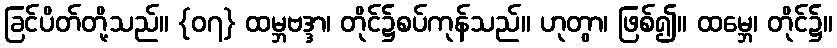
ခြင်ပိတ်တို့သည်။ {၀၇} ထမ္ဘဗဒ္ဒာ၊ တိုင်၌စပ်ကုန်သည်။ ဟုတွာ၊ ဖြစ်၍။ ထမ္ဘေ၊ တိုင်၌။